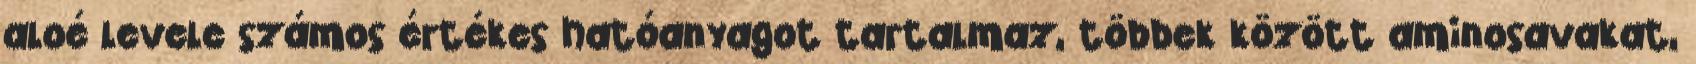
aloé levele számos értékes hatóanyagot tartalmaz, többek között aminosavakat,